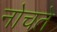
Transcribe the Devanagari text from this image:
नोचते